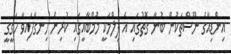
އިންޑިއާގެ ނޫސްތަކުން ބުނާ ގޮތުގައި އެ ފިލްމަކީ މުމްބާއީގައި ކުރިން ހިނގާފައިވާ ހަގީގީ